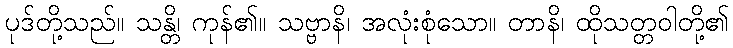
ပုဒ်တို့သည်။ သန္တိ၊ ကုန်၏။ သဗ္ဗာနိ၊ အလုံးစုံသော။ တာနိ၊ ထိုသတ္တဝါတို့၏